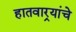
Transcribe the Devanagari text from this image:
हातवार्‍यांचे